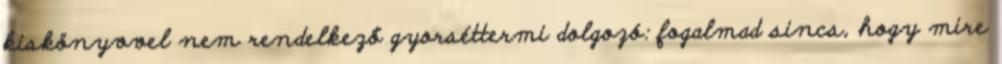
kiskönyvvel nem rendelkező gyorséttermi dolgozó: fogalmad sincs, hogy mire